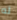
له